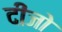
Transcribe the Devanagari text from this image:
दीजो